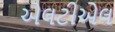
એલટીએલ